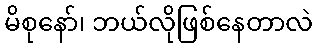
မိစုနော်၊ ဘယ်လိုဖြစ်နေတာလဲ